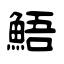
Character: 鯃